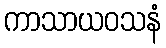
ကာသာယဝသနံ